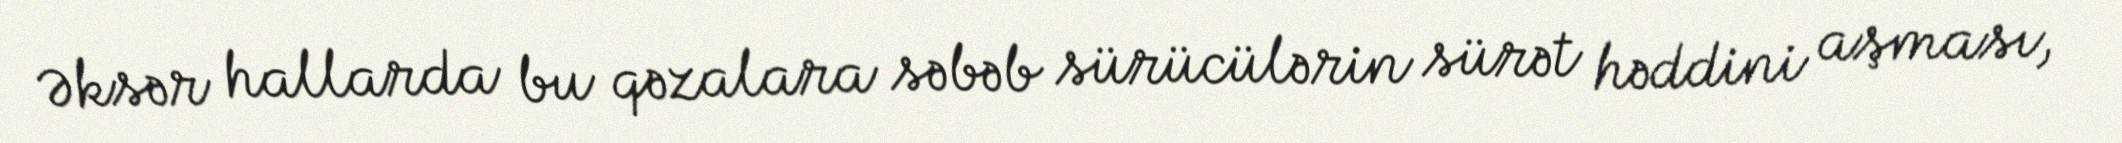
Əksər hallarda bu qəzalara səbəb sürücülərin sürət həddini aşması,